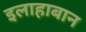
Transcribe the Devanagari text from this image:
इलाहाबान